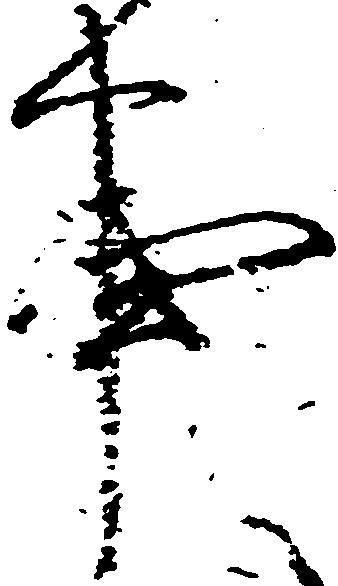
事